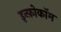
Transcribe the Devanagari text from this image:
इन्फ़ोकॉम